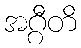
အဂ္ဂီတိ